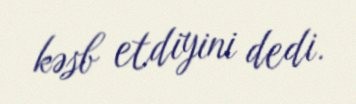
kəsb etdiyini dedi.